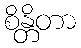
စိန္တိတာ